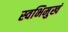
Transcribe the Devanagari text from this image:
स्वभिमुखं